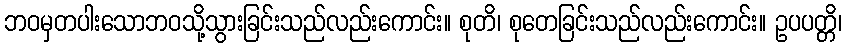
ဘဝမှတပါးသောဘဝသို့သွားခြင်းသည်လည်းကောင်း။ စုတိ၊ စုတေခြင်းသည်လည်းကောင်း။ ဥပပတ္တိ၊